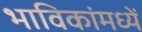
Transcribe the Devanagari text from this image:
भाविकांमध्यें